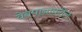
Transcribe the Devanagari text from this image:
वेबपानांवरील